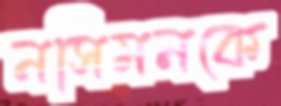
নসিমনকে